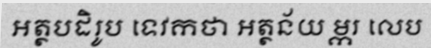
អត្ថបដិរូប ទេវកថា អត្ថន័យ ម្ករ លេប